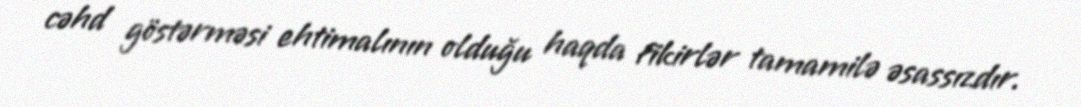
cəhd göstərməsi ehtimalının olduğu haqda fikirlər tamamilə əsassızdır.